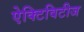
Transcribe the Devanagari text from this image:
ऐक्टिविटीज